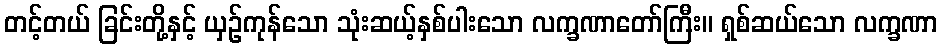
တင့်တယ် ခြင်းတို့နှင့် ယှဉ်ကုန်သော သုံးဆယ့်နှစ်ပါးသော လက္ခဏာတော်ကြီး။ ရှစ်ဆယ်သော လက္ခဏာ